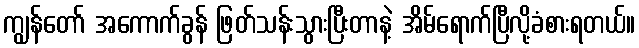
ကျွန်တော် အကောက်ခွန် ဖြတ်သန်းသွားပြီးတာနဲ့ အိမ်ရောက်ပြီလို့ခံစားရတယ်။